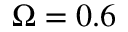
\Omega = 0 . 6